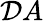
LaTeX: {\cal D}A